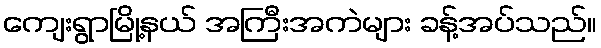
ကျေးရွာမြို့နယ် အကြီးအကဲများ ခန့်အပ်သည်။